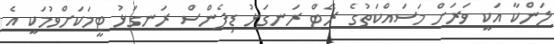
ލަންކާ އަކީ ވަރަށް މަސައްކަތުގެ ރޭޓް ރަނގަޅު ޑިފެންސް ރަނގަޅު ޓީމަކަށްވުމަކީ އެ